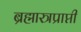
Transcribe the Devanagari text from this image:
ब्रह्मास्त्रप्राप्ती